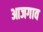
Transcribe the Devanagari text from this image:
आजगाव